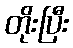
တိုးပြီး